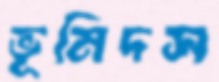
ভূমিদস